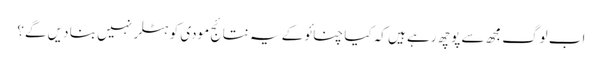
اب لوگ مجھ سے پوچھ رہے ہیں کہ کیا چنائو کے یہ نتائج مودی کو ہٹلر نہیں بنا دیں گے؟